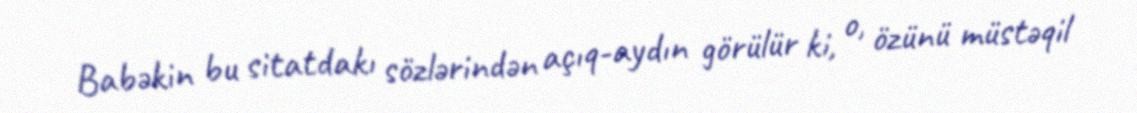
Babəkin bu sitatdakı sözlərindən açıq-aydın görülür ki, o, özünü müstəqil